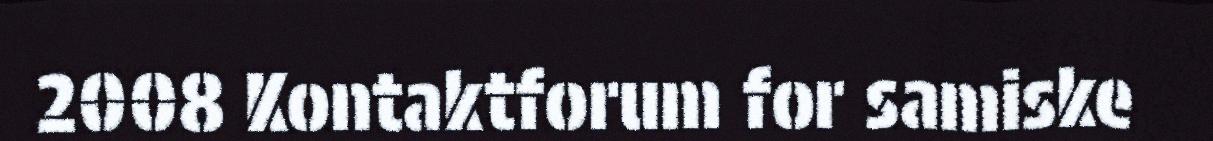
2008 Kontaktforum for samiske